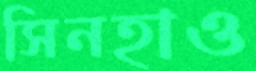
সিনহাও